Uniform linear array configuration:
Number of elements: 16
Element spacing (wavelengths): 1
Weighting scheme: binomial
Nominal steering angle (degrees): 60
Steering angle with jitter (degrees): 61.246
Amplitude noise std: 0.05
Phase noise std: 0.05

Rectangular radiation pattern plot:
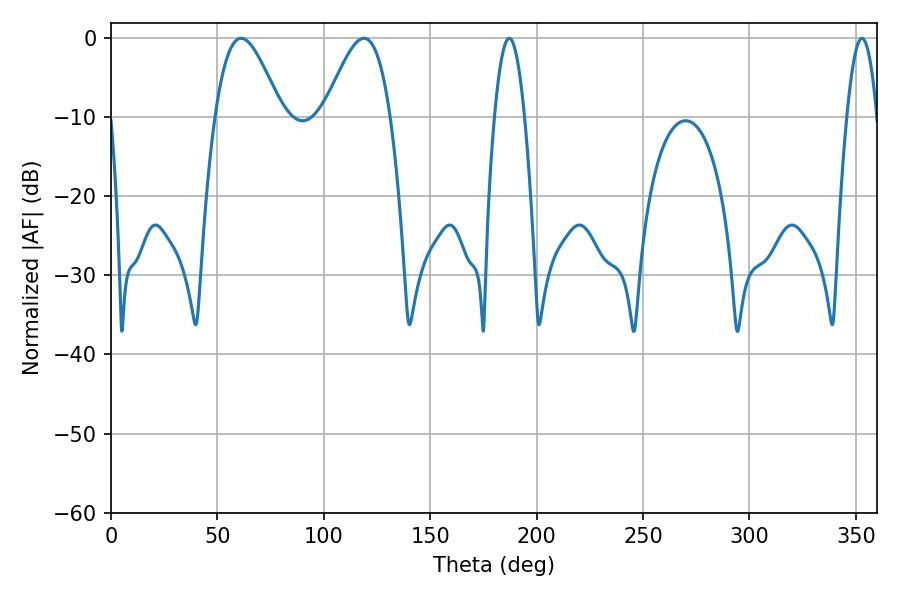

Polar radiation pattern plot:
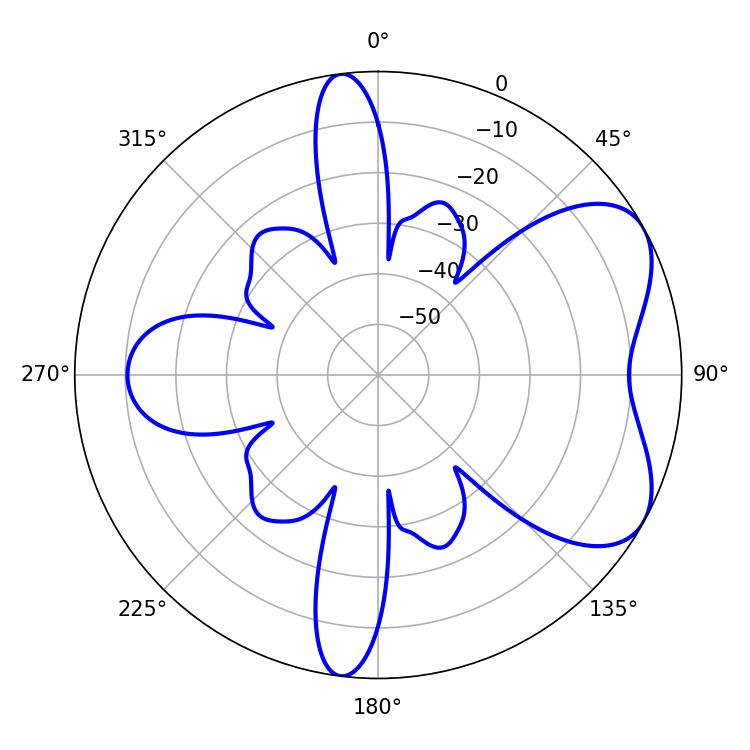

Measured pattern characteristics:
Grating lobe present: TRUE
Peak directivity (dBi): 5.849
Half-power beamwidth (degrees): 16.56
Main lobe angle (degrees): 61.2